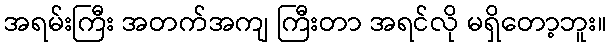
အရမ်းကြီး အတက်အကျ ကြီးတာ အရင်လို မရှိတော့ဘူး။